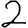
Digit: 2